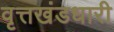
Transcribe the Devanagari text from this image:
वृत्तखंडधारी